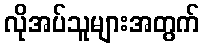
လိုအပ်သူများအတွက်